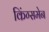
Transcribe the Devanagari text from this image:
किंग्समेन